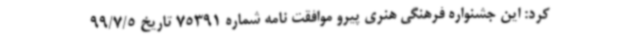
کرد: این جشنواره فرهنگی هنری پیرو موافقت نامه شماره 75391 تاریخ 99/7/5